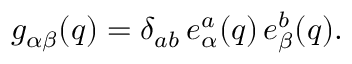
g _ { \alpha \beta } ( q ) = \delta _ { a b } \, e _ { \alpha } ^ { a } ( q ) \, e _ { \beta } ^ { b } ( q ) .